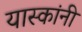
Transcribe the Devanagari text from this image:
यास्कांनी